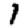
Digit: 1